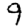
Digit: 9